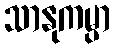
သာနုကမ္ပာ